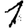
Digit: 1